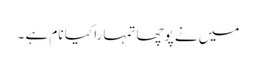
میں نے پوچھا تمہارا کیا نام ہے ۔